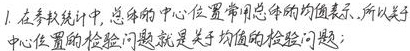
1. 在参数统计中, 总体的中心位置常用总体的均值表示. 所以关于中心位置的检验问题就是关于均值的检验问题;